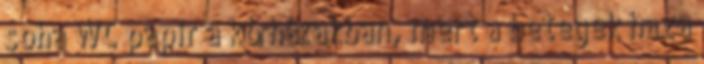
soha WC papir a kórházakban, mert a betegek haza